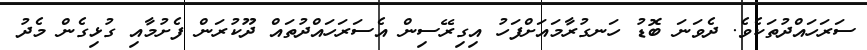
ސަރަހައްދުތަކެެވެ. ދެވަނަ ބޮޑު ހަނގުރާމައަަށްފަހު އިގިރޭސިން އެސަރަހައްދުތައް ދޫކުރަން ފެށުމާއި ގުޅިގެން މެދު